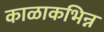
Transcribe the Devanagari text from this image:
काळाकभिन्न